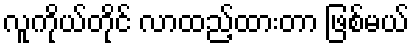
လူကိုယ်တိုင် လာထည့်ထားတာ ဖြစ်မယ်